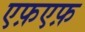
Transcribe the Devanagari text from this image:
एफ़एफ़